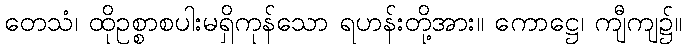
တေသံ၊ ထိုဥစ္စာစပါးမရှိကုန်သော ရဟန်းတို့အား။ ကောဋ္ဌေ၊ ကျီကျ၌။